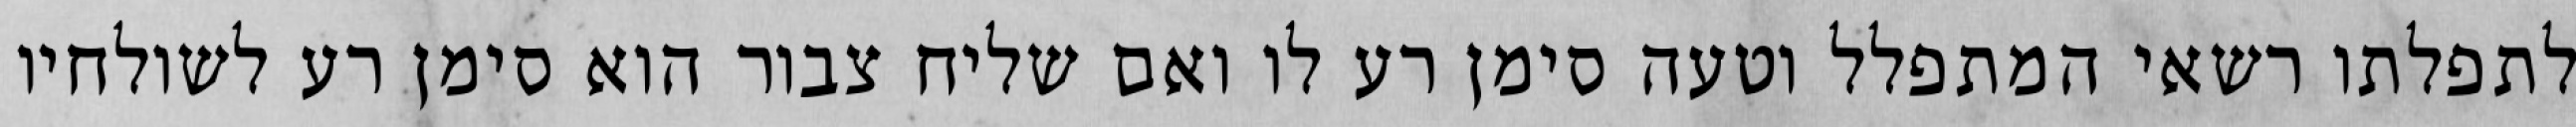
לתפלתו רשאי המתפלל וטעה סימן רע לו ואם שליח צבור הוא סימן רע לשולחיו